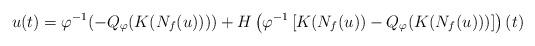
LaTeX: \begin{align*}u(t)=\varphi^{-1}(-Q_{\varphi}(K(N_{f}(u))))+ H\left( \varphi^{-1}\left[K(N_{f}(u))-Q_{\varphi}(K(N_{f}(u)))\right]\right)(t)\end{align*}